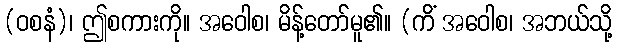
(ဝစနံ)၊ ဤစကားကို။ အဝေါစ၊ မိန့်တော်မူ၏။ (ကိံ အဝေါစ၊ အဘယ်သို့